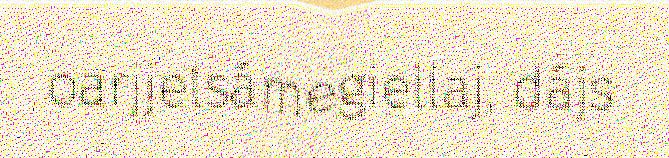
oarjjelsámegiellaj, dájs